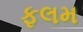
ફલમ